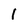
Character: l